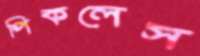
পিকলেস